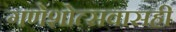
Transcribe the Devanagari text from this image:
गणेशोत्सवासही